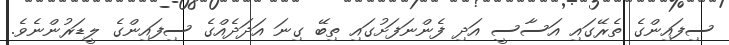
ސިފައިންގެ ތެރޭގައި އަސާސީ އަދި ފެންނަފަށުގައި ތިބޭ ގިނަ އަދަދެއްގެ ސިފައިންގެ ލީޑަރުންނެވެ.